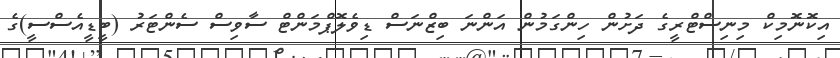
އިކޮނޮމިކް މިނިސްޓްރީގެ ދަށުން ހިންގަމުން އަންނަ ބިޒްނަސް ޑިވެލޮޕްމަންޓް ސާވިސް ސެންޓަރު (ބީޑީއެސްސީ)ގެ